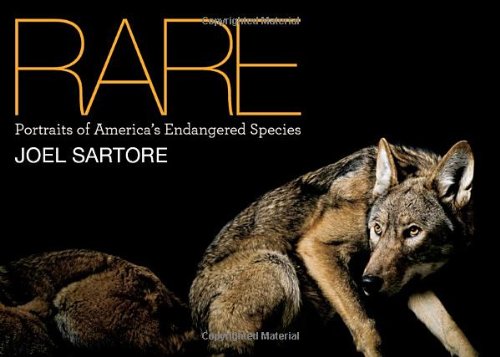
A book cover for Rare: Portraits of America's Endangered Species; Joel Sartore; Science & Math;